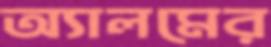
অ্যালমের